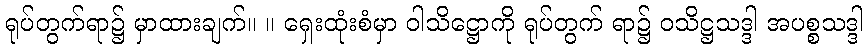
ရုပ်တွက်ရာ၌ မှာထားချက်။ ။ ရှေးထုံးစံမှာ ဝါသိဋ္ဌောကို ရုပ်တွက် ရာ၌ ဝသိဋ္ဌသဒ္ဒါ အပစ္စသဒ္ဒါ